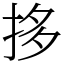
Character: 拸